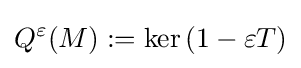
Q^{\varepsilon }(M):={\mbox{ker}}\,(1-\varepsilon T)